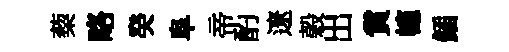
蔾略癸阜帝酌遼榖出賞幰鍤